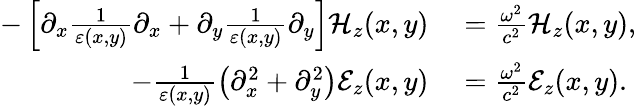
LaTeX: \begin{array}{rl}{-\left[\partial_{x}\frac{1}{\varepsilon(x,y)}\partial_{x}+\partial_{y}\frac{1}{\varepsilon(x,y)}\partial_{y}\right]\mathcal{H}_{z}(x,y)}&{{}=\frac{\omega^{2}}{c^{2}}\mathcal{H}_{z}(x,y),}\\ {-\frac{1}{\varepsilon(x,y)}\left(\partial_{x}^{2}+\partial_{y}^{2}\right)\mathcal{E}_{z}(x,y)}&{{}=\frac{\omega^{2}}{c^{2}}\mathcal{E}_{z}(x,y).}\end{array}